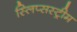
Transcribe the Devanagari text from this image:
स्लिप्सस्ट्रीम